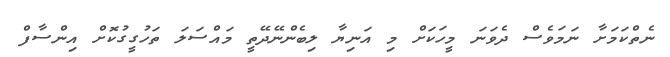
ނެތްކަމަށާ ނަމަވެސް ދެވަނަ މީހަކަށް މި އަނިޔާ ލިބެންނޭދޭތީ މައްސަލަ ތަހުގީގުކޮށް އިންސާފް